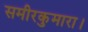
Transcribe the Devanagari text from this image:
समीरकुमारा।